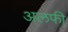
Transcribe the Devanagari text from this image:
अलफी